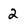
Character: 2